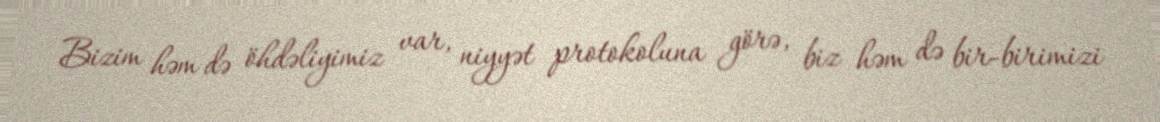
Bizim həm də öhdəliyimiz var, niyyət protokoluna görə, biz həm də bir-birimizi